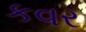
કવર